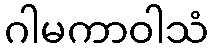
ဂါမကာဝါသံ